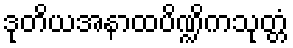
ဒုတိယအနာထပိဏ္ဍိကသုတ္တံ